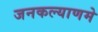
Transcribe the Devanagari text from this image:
जनकल्याणमे